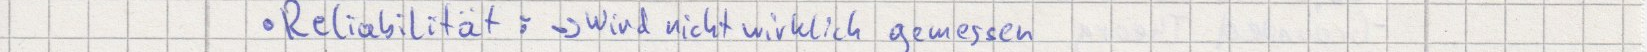
Realiabilität: -> wird nicht wirklich gemessen